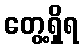
တွေ့ရှိရ